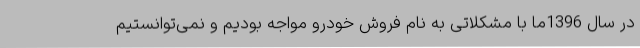
در سال 1396ما با مشکلاتی به نام فروش خودرو مواجه بودیم و نمی‌توانستیم